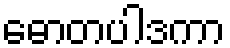
ဓောတပါဒကာ